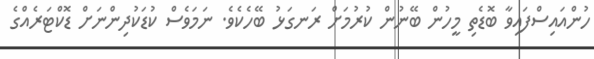
ހުންއައިސްފައިވާ ބޮޑެތި މީހުން ބޭނުން ކުރުމަށް ރަނގަޅު ބޭހެކެވެ. ނަމަވެސް ކުޑަކުދިންނަށް ޑޮކްޓަރެއްގެ